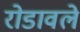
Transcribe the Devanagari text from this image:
रोडावले